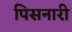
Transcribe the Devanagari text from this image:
पिसनारी